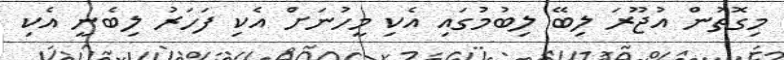
މިގޮތުން އުޖޫރަ ލިބޭ ލިބުމުގައި އެކި މީހުނަށް އެކި ފަހަރު ލިބެނީ އެކި